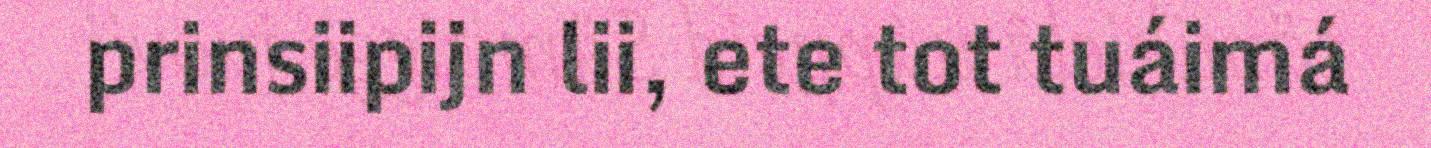
prinsiipijn lii, ete tot tuáimá